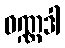
ဝဏ္ဏဒါ